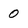
Character: 0